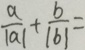
\frac { a } { \vert a \vert } + \frac { b } { \vert b \vert } =